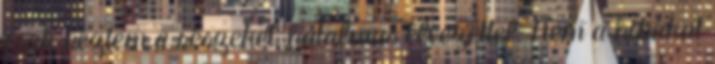
csak néztem a részeket, hatalmas élvezettel. Nem a hibákat